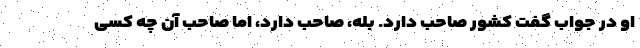
او در جواب گفت کشور صاحب دارد. بله، صاحب دارد، اما صاحب آن چه کسی